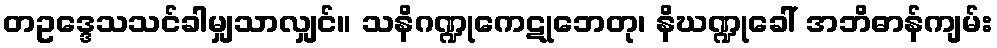
တဥဒ္ဒေသသင်ခါမျှသာလျှင်။ သနိဂဏ္ဍုကေဋုဘေတု၊ နိဃဏ္ဍုခေါ် အဘိဓာန်ကျမ်း